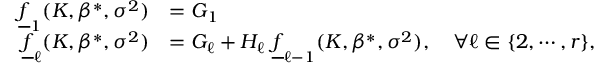
\begin{array} { r l } { \underline { { f } } _ { 1 } ( K , \beta ^ { * } , \sigma ^ { 2 } ) } & { = G _ { 1 } } \\ { \underline { { f } } _ { \ell } ( K , \beta ^ { * } , \sigma ^ { 2 } ) } & { = G _ { \ell } + H _ { \ell } \ \underline { { f } } _ { \ell - 1 } ( K , \beta ^ { * } , \sigma ^ { 2 } ) , \quad \forall \ell \in \{ 2 , \cdots , r \} , } \end{array}